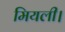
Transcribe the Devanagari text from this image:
मियली।